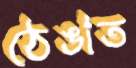
ঠেঙাত